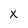
Character: x